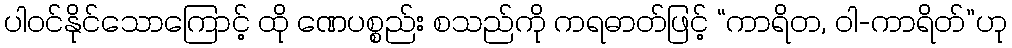
ပါဝင်နိုင်သောကြောင့် ထို ဏေပစ္စည်း စသည်ကို ကရဓာတ်ဖြင့် “ကာရိတ, ဝါ-ကာရိတ်”ဟု